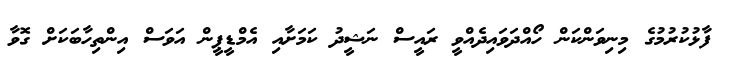
ފާޅުކުރުމުގެ މިނިވަންކަން ހޯއްދަވައިދެއްވީ ރައީސް ނަޝީދު ކަމަށާއި އެމްޑީޕީން އަވަސް އިންތިހާބަކަށް ގޮވާ